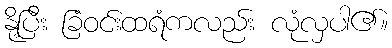
နို့ပြီး ခြံဝင်းထရံကလည်း လုံလှပါ၏။